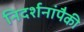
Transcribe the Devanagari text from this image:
निदर्शनांपैकी